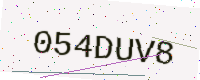
Text: 054DUV8